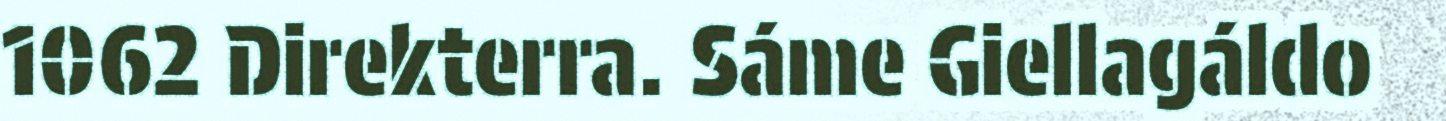
1062 Direkterra. Sáme Giellagáldo